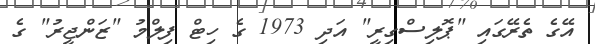
އޭގެ ތެރޭގައި "ޕޮލިސްގިރީ" އަދި 1973 ގެ ހިޓް ފިލްމު "ޒަންޖީރު" ގެ